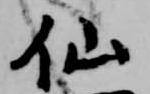
仙